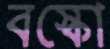
বস্কো